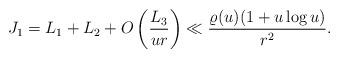
LaTeX: \begin{align*} J_1= L_1+L_2+O\left(\frac{L_3}{u r}\right)\ll \frac{\varrho(u)(1+u\log u)}{r^2}. \end{align*}